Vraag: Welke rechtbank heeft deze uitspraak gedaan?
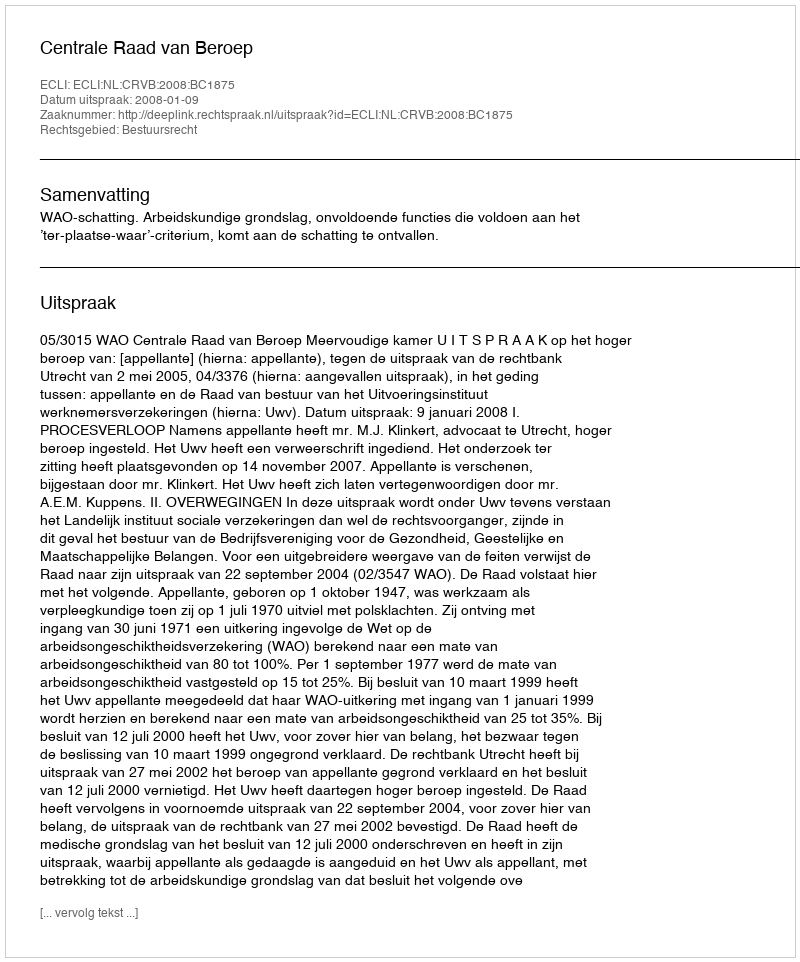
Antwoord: Centrale Raad van Beroep